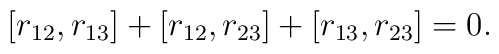
[ r_{12}, r_{13} ] + [ r_{12}, r_{23}]+ [ r_{13}, r_{23} ] = 0 .